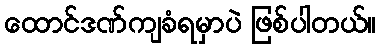
ထောင်ဒဏ်ကျခံရမှာပဲ ဖြစ်ပါတယ်။